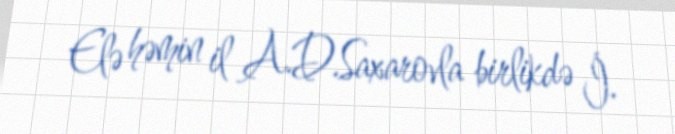
Elə həmin il A.D.Saxarovla birlikdə İ.